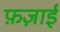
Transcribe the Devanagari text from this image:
फ़ज़ाई